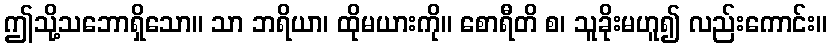
ဤသို့သဘောရှိသော။ သာ ဘရိယာ၊ ထိုမယားကို။ စောရီတိ စ၊ သူခိုးမဟူ၍ လည်းကောင်း။